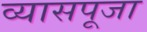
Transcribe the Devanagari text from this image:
व्यासपूजा